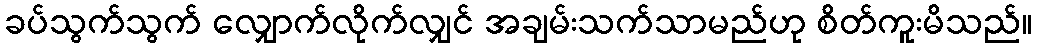
ခပ်သွက်သွက် လျှောက်လိုက်လျှင် အချမ်းသက်သာမည်ဟု စိတ်ကူးမိသည်။